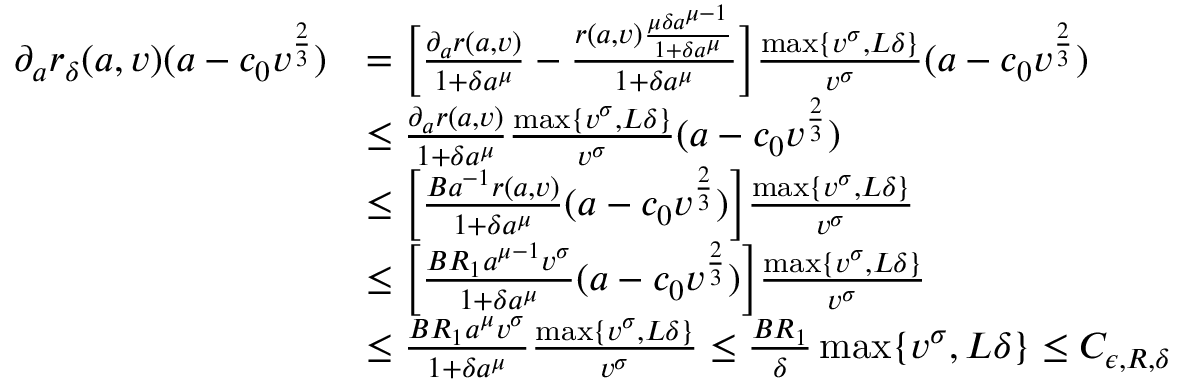
\begin{array} { r l } { \partial _ { a } r _ { \delta } ( a , v ) ( a - c _ { 0 } v ^ { \frac { 2 } { 3 } } ) } & { = \Big [ \frac { \partial _ { a } r ( a , v ) } { 1 + \delta a ^ { \mu } } - \frac { r ( a , v ) \frac { \mu \delta a ^ { \mu - 1 } } { 1 + \delta a ^ { \mu } } } { 1 + \delta a ^ { \mu } } \Big ] \frac { \operatorname* { m a x } \{ v ^ { \sigma } , L \delta \} } { v ^ { \sigma } } ( a - c _ { 0 } v ^ { \frac { 2 } { 3 } } ) } \\ & { \leq \frac { \partial _ { a } r ( a , v ) } { 1 + \delta a ^ { \mu } } \frac { \operatorname* { m a x } \{ v ^ { \sigma } , L \delta \} } { v ^ { \sigma } } ( a - c _ { 0 } v ^ { \frac { 2 } { 3 } } ) } \\ & { \leq \Big [ \frac { B a ^ { - 1 } r ( a , v ) } { 1 + \delta a ^ { \mu } } ( a - c _ { 0 } v ^ { \frac { 2 } { 3 } } ) \Big ] \frac { \operatorname* { m a x } \{ v ^ { \sigma } , L \delta \} } { v ^ { \sigma } } } \\ & { \leq \Big [ \frac { B R _ { 1 } a ^ { \mu - 1 } v ^ { \sigma } } { 1 + \delta a ^ { \mu } } ( a - c _ { 0 } v ^ { \frac { 2 } { 3 } } ) \Big ] \frac { \operatorname* { m a x } \{ v ^ { \sigma } , L \delta \} } { v ^ { \sigma } } } \\ & { \leq \frac { B R _ { 1 } a ^ { \mu } v ^ { \sigma } } { 1 + \delta a ^ { \mu } } \frac { \operatorname* { m a x } \{ v ^ { \sigma } , L \delta \} } { v ^ { \sigma } } \leq \frac { B R _ { 1 } } { \delta } \operatorname* { m a x } \{ v ^ { \sigma } , L \delta \} \leq C _ { \epsilon , R , \delta } } \end{array}